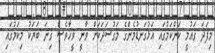
މިފަދަ ގައުމީ ކަންކަމުގައި އަޅުގަނޑުމެންގެ މަގުސަދަކަށް ވާނީ ވީހާވެސް ގިނަ ބަޔަކު މިކަމުގައި